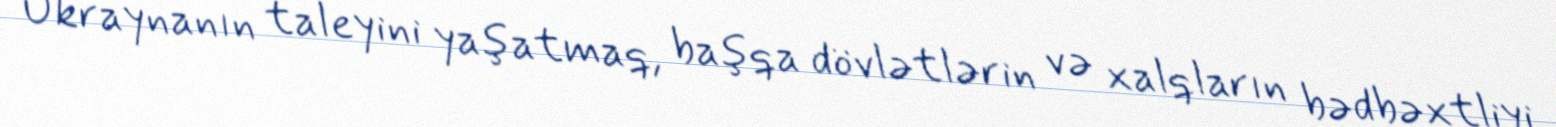
Ukraynanın taleyini yaşatmaq, başqa dövlətlərin və xalqların bədbəxtliyi